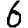
Digit: 6